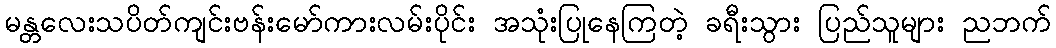
မန္တလေးသပိတ်ကျင်းဗန်းမော်ကားလမ်းပိုင်း အသုံးပြုနေကြတဲ့ ခရီးသွား ပြည်သူများ ညဘက်